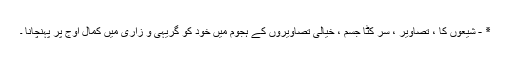
٭ - شیعوں کا ، تصاویر ، سر کٹا جسم ، خیالی تصاویروں کے ہجوم میں خود کو گریہی و زاری میں کمالِ اوج پر پہنچانا ۔